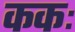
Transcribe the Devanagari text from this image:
ककः